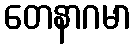
တေနာဂမာ